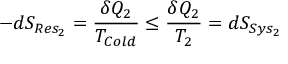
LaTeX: - d S _ { R e s _ { 2 } } = { \frac { \delta Q _ { 2 } } { T _ { C o l d } } } \leq { \frac { \delta Q _ { 2 } } { T _ { 2 } } } = d S _ { S y s _ { 2 } }